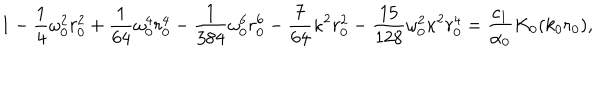
1 - \frac 1 4 \omega _ { 0 } ^ { 2 } r _ { 0 } ^ { 2 } + \frac { 1 } { 6 4 } \omega _ { 0 } ^ { 4 } r _ { 0 } ^ { 4 } - \frac { 1 } { 3 8 4 } \omega _ { 0 } ^ { 6 } r _ { 0 } ^ { 6 } - \frac { 7 } { 6 4 } \kappa ^ { 2 } r _ { 0 } ^ { 2 } - \frac { 1 5 } { 1 2 8 } \omega _ { 0 } ^ { 2 } \kappa ^ { 2 } r _ { 0 } ^ { 4 } = \frac { c _ { 1 } } { \alpha _ { 0 } } K _ { 0 } ( k _ { 0 } r _ { 0 } ) ,